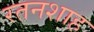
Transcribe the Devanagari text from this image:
रतनशाह